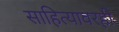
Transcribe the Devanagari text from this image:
साहित्यावरही